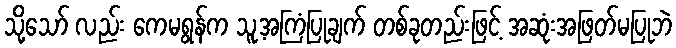
သို့သော် လည်း ကေမရွန်က သူ့အကြံပြုချက် တစ်ခုတည်းဖြင့် အဆုံးအဖြတ်မပြုဘဲ